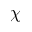
\chi